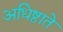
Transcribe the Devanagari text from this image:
अधिष्ठाते